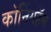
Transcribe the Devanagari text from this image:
कॉनिंगहॅम